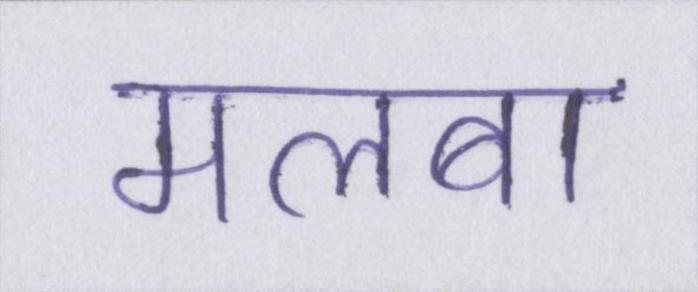
मलबा